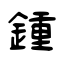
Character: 鍾